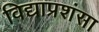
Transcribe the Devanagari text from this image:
विद्याप्रशंसा